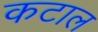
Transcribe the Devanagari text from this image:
कटाल